Sketch of the medical history of the native army of Bombay, for the year
Year: 1872
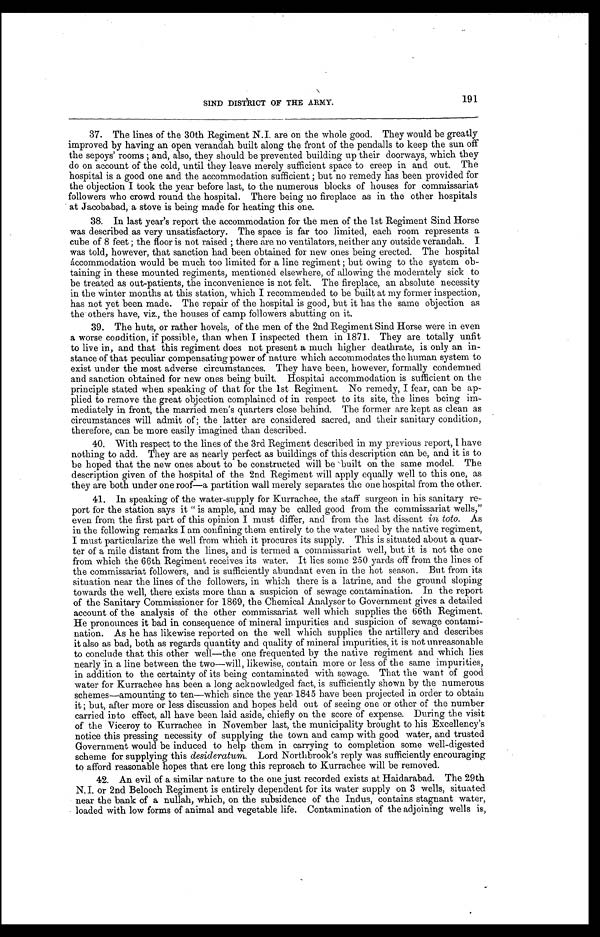
191
SIND DISTRICT OF THE ARMY.
37. The lines of the 30th Regiment N.I. are on the whole good. They would be greatly
improved by having an open verandah built along the front of the pendalls to keep the sun off
the sepoys' rooms; and, also, they should be prevented building up their doorways, which they
do on account of the cold, until they leave merely sufficient space to creep in and out. The
hospital is a good one and the accommodation sufficient; but no remedy has been provided for
the objection I took the year before last, to the numerous blocks of houses for commissariat
followers who crowd round the hospital. There being no fireplace as in the other hospitals
at Jacobabad, a stove is being made for heating this one.
38. In last year's report the accommodation for the men of the 1st Regiment Sind Horse
was described as very unsatisfactory. The space is far too limited, each room represents a
cube of 8 feet; the floor is not raised; there are no ventilators, neither any outside verandah. I
was told, however, that sanction had been obtained for new ones being erected. The hospital
Sccommodation would be much too limited for a line regiment; but owing to the system ob-
taining in these mounted regiments, mentioned elsewhere, of allowing the moderately sick to
be treated as out-patients, the inconvenience is not felt. The fireplace, an absolute necessity
in the winter months at this station, which I recommended to be built at my former inspection,
has not yet been made. The repair of the hospital is good, but it has the same objection as
the others have, viz., the houses of camp followers abutting on it.
39. The huts, or rather hovels, of the men of the 2nd Regiment Sind Horse were in even
a worse condition, if possible, than when I inspected them in 1871. They are totally unfit
to live in, and that this regiment does not present a much higher deathrate, is only an in-
stance of that peculiar compensating power of nature which accommodates the human system to
exist under the most adverse circumstances. They have been, however, formally condemned
and sanction obtained for new ones being built. Hospital accommodation is sufficient on the
principle stated when speaking of that for the 1st Regiment. No remedy, I fear, can be ap-
plied to remove the great objection complained of in respect to its site, the lines being im-
mediately in front, the married men's quarters close behind. The former are kept as clean as
circumstances will admit of; the latter are considered sacred, and their sanitary condition,
therefore, can be more easily imagined than described.
40. With respect to the lines of the 3rd Regiment described in my previous report, I have
nothing to add. They are as nearly perfect as buildings of this description can be, and it is to
be hoped that the new ones about to be constructed will be 'built on the same model. The
description given of the hospital of the 2nd Regiment will apply equally well to this one, as
they are both under one roof—a partition wall merely separates the one hospital from the other.
41. In speaking of the water-supply for Kurrachee, the staff surgeon in his sanitary re-
port for the station says it " is ample, and may be called good from the commissariat wells,"
even from the first part of this opinion I must differ, and from the last dissent in t o t o .
A s
in the following remarks I am confining them entirely to the water used by the native regiment,
I must particularize the well from which it procures its supply. This is situated about a quar-
ter of a mile distant from the lines, and is termed a commissariat well, but it is not the one
from which the 66th Regiment receives its water. It lies some 250 yards off from the lines of
the commissariat followers, and is sufficiently abundant even in the hot season. But from its
situation near the lines of the followers, in which there is a latrine, and the ground sloping
towards the well, there exists more than a suspicion of sewage contamination. In the report
of the Sanitary Commissioner for 1869, the Chemical Analyser to Government gives a detailed
account of the analysis of the other commissariat well which supplies the 66th Regiment.
He pronounces it bad in consequence of mineral impurities and suspicion of sewage contami-
nation. As he has likewise reported on the well which supplies the artillery and describes
it also as bad, both as regards quantity and quality of mineral impurities, it is not unreasonable
to conclude that this other well—the one frequented by the native regiment and which lies
nearly in a line between the two—will, likewise, contain more or less of the same impurities,
in addition to the certainty of its being contaminated with sewage. That the want of good
water for Kurrachee has been a long acknowledged fact, is sufficiently shown by the numerous
schemes—amounting to ten—which since the year 1845 have been projected in order to obtain
it; but, after more or less discussion and hopes held out of seeing one or other of the number
carried into effect, all have been laid aside, chiefly on the score of expense. During the visit
of the Viceroy to Kurrachee in November last, the municipality brought to his Excellency's
notice this pressing necessity of supplying the town and camp with good water, and trusted
Government would be induced to help them in carrying to completion some well-digested
scheme for supplying this desideratum. Lord Northbrook's reply was sufficiently encouraging
to afford reasonable hopes that ere long this reproach to Kurrachee will be removed.
42. An evil of a similar nature to the one just recorded exists at Haidarabad. The 29th
N.I. or 2nd Belooch Regiment is entirely dependent for its water supply on 3 wells, situated
near the bank of a nullah, which, on the subsidence of the Indus, contains stagnant water,
loaded with low forms of animal and vegetable life. Contamination of the adjoining wells is,